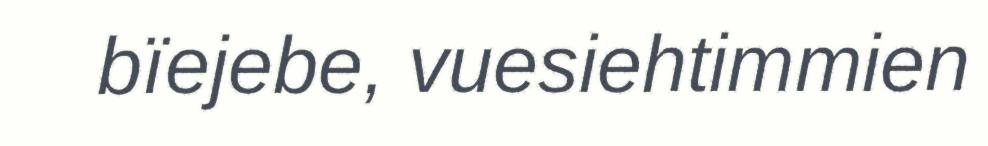
bïejebe, vuesiehtimmien